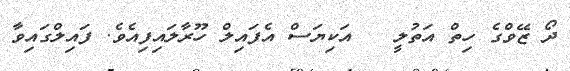
ދޯ ޒޭވްގެ ހިތް އަތުލީ   އަކިޔަސް އެފައިލް ހޫރާލައިފިއެވެ. ފައިލްގައިވާ